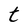
Character: t